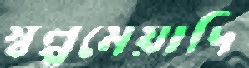
স্বল্পমেয়াদি